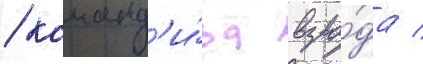
/ команд'и́ра взво́да /